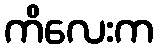
ကိလေးက